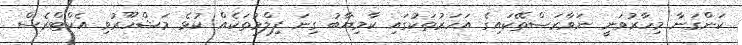
ކަންގަނާ މިހާރުވަނީ ނަވާރަސްތޭކައިގެ އަހަރުތަކުގައި ކާމިޔާބު ގިނަ ފިލްމުތަކެއް ކުޅެ މަޝްހޫރުވި އެކްޓްރެސް